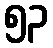
၅၃